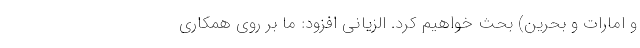
و امارات و بحرین) بحث خواهیم کرد. الزیانی افزود: ما بر روی همکاری